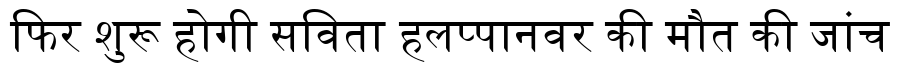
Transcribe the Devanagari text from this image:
फिर शुरू होगी सविता हलप्पानवर की मौत की जांच